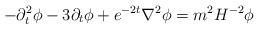
\begin{align*}-{\partial}^2_t \phi-3{\partial}_t \phi+e^{-2t} \nabla^2\phi=m^2 H^{-2} \phi\end{align*}